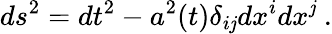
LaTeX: ds^{2}=dt^{2}-a^{2}(t)\delta_{i\mathit{j}}dx^{i}dx^{\mathit{j}}~.